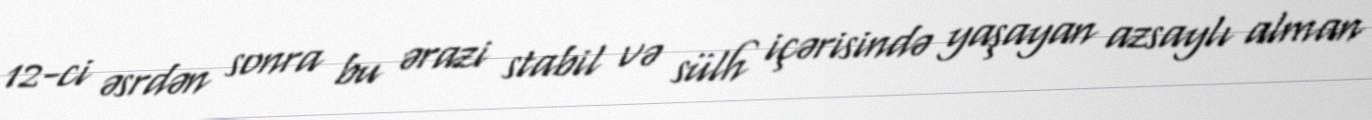
12-ci əsrdən sonra bu ərazi stabil və sülh içərisində yaşayan azsaylı alman